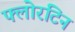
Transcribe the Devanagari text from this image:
फ्लोरंटिन